Report on vaccination in Madras 1922-1929 - 1922-1929
Year: 1922
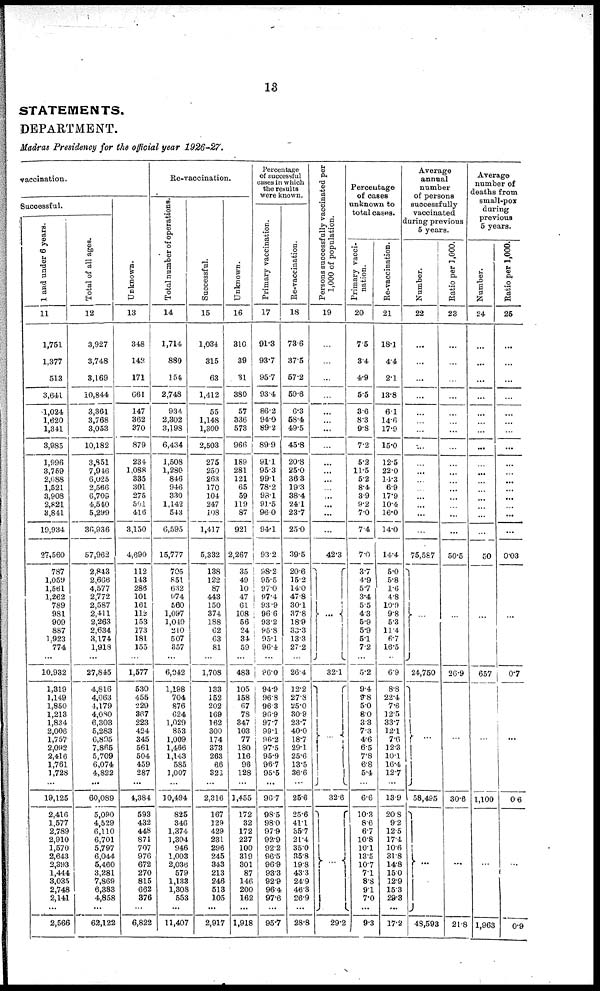
13
STATEMENTS.
DEPARTMENT.
Madras Presidency for the official year 1926-27.
vaccination.
Successful.
1 and under 6 years.
11
1,751
1,377
513
3,641
1,024
1,620
1,341
3,985
1,996
3,759
2,088
1,521
3,908
2,821
3,841
19,934
27,560
787
1,059
1,561
1,262
789
981
909
887
1,923
774
...
10,932
1,319
1,149
1,850
1,213
1,834
2,006
1,757
2,092
2,416
1,761
1,728
...
19,125
2,416
1,577
2,789
2,910
1,570
2,643
2,393
1,444
3,035
2,748
2,141
...
2,566
Total of all ages.
12
3,927
3,748
3,169
10,844
3,361
3,768
3,053
10,182
3,851
7,946
6,025
2,566
6,709
4,540
5,299
36,936
57,962
2,843
2,666
4,577
2,772
2,587
2,411
2,263
2,634
3,174
1,918
...
27,845
4,816
4,063
4,179
4,080
6,303
5,283
6,895
7,865
5,709
6,074
4,822
...
60,089
5,090
4,529
6,110
6,701
5,797
6,044
5,460
3,281
7,869
6,383
4,858
...
62,122
Unknown.
13
348
142
171
661
147
362
370
879
234
1,088
335
301
275
501
416
3,150
4,690
112
143
286
101
161
112
153
173
181
155
...
1,577
530
455
229
367
223
424
345
561
504
459
287
...
4,384
593
432
448
871
707
976
672
270
815
662
376
...
6,822
Re-vaccination.
Total number of operations.
14
1,714
880
154
2,748
934
2,302
3,198
6,434
1,508
1,280
846
946
330
1,142
543
6,595
15,777
705
851
632
974
560
1,097
1,049
210
507
357
...
6,042
1,198
704
876
624
1,029
853
1,009
1,466
1,143
585
1,007
...
10,494
825
346
1,374
1,304
946
1,003
2,036
579
1,133
1,308
553
...
11,407
Successful.
15
1,034
315
63
1,412
55
1,148
1,300
2,503
275
250
263
170
104
247
108
1,417
5,332
138
122
87
443
150
374
188
62
63
81
...
1,708
133
152
202
169
162
300
174
373
263
66
322
...
2,316
167
129
429
231
296
245
343
213
246
513
105
...
2,917
Unknown.
16
310
39
31
380
57
336
573
966
189
281
121
65
59
119
87
921
2,267
35
49
10
47
61
108
56
24
34
59
...
483
105
158
67
78
347
103
77
180
116
98
128
...
1,455
172
32
172
227
100
319
301
87
146
200
162
...
1,918
Percentage
of successful
cases in which
the results
were known.
Primary vaccination.
17
91.3
93.7
95.7
93.4
86.2
94.0
89.2
89.9
91.1
95.3
99.1
78.2
98.1
91.5
96.0
94.1
93.2
98.2
95.5
97.0
97.4
93.9
96.6
93.2
95.8
95.1
96.4
...
96.0
94.9
96.8
96.3
96.9
97.7
99.1
96.2
97.5
95.9
96.7
95.5
...
96.7
98.5
98.0
97.9
92.9
92.2
96.5
96.9
93.3
92.9
96.4
97.6
...
95.7
Re-vaccination.
18
73.6
37.5
57.2
59.6
6.3
58.4
49.5
45.8
20.8
25.0
36.3
19.3
38.4
24.1
23.7
25.0
39.5
20.6
15.2
14.0
47.8
30.1
37.8
18.9
33.3
13.3
27.2
...
26.4
12.2
27.3
25.0
30.9
23.7
40.0
18.7
29.1
25.6
13.5
36.6
...
25.6
25.6
41.1
35.7
21.4
35.0
35.8
19.8
43.3
24.9
46.3
26.9
...
28.8
Persons successfully vaccinated per
1,000 of population.
19
...
...
...
...
...
...
...
...
...
...
...
...
...
...
...
...
42.3
...
32.1
...
32.6
...
29.2
Percentage
of cases
unknown to
total cases.
Primary vacci-
nation.
20
7.5
3.4
4.9
5.5
3.6
8.3
9.8
7.2
5.2
11.5
5.2
8.4
3.9
9.2
7.0
7.4
7.0
3.7
4.9
5.7
3.4
5.5
4.3
5.9
5.9
5.1
7.2
...
5.2
9.4
9.8
5.0
8.0
3.3
7.3
4.6
6.5
7.8
6.8
5.4
...
6.6
10.3
8.6
6.7
10.8
10.1
13.5
10.7
7.1
8.8
9.1
7.0
...
9.3
Re-vaccination.
21
18.1
4.4
2.1
13.8
6.1
14.6
17.9
15.0
12.5
22.0
14.3
6.9
17.9
10.4
16.0
14.0
14.4
5.0
5.8
1.6
4.8
10.9
9.8
5.3
11.4
6.7
16.5
...
6.9
8.8
22.4
7.6
12.5
33.7
12.1
7.6
12.3
10.1
16.4
12.7
...
13.9
20.8
9.2
12.5
17.4
10.6
31.8
14.8
15.0
12.9
15.3
29.3
...
17.2
Average
annual
number
of persons
successfully
vaccinated
during previous
5 years.
Number.
22
...
...
...
...
...
...
...
...
...
...
...
...
...
...
...
...
75,587
...
24,750
...
58,495
...
48,593
Ratio per 1,000.
23
...
...
...
...
...
...
...
...
...
...
...
...
...
...
...
...
50.5
...
26.9
...
30.6
...
21.8
Average
number of
deaths from
small-pox
during
previous
5 years.
Number.
24
...
...
...
...
...
...
...
...
...
...
...
...
...
...
...
...
50
...
657
...
1,100
...
1,963
Ratio per 1,000.
25
...
...
...
...
...
...
...
...
...
...
...
...
...
...
...
...
0.03
...
0.7
...
0.6
...
0.9